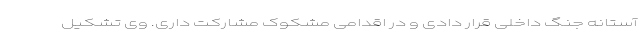
آستانه جنگ داخلی قرار دادی و در اقدامی مشکوک مشارکت داری. وی تشکیل